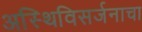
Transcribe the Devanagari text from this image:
अस्थिविसर्जनाचा